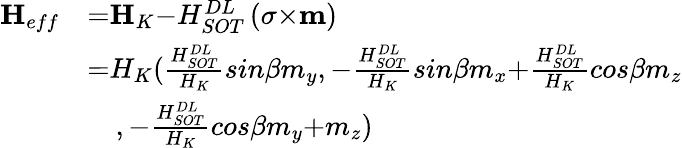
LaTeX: \begin{array}{ll}{{\mathbf{{H}}}_{{eff}}}&{{=}{\mathbf{{H}}}_{{K}}{-}H_{SOT}^{DL}\left(\mathbf{{\sigma}}{\times}{\mathbf{m}}\right)}\\ &{{=}H_{K}(\frac{H_{SOT}^{DL}}{H_{K}}{sin}\beta m_{y}{,-}\frac{H_{SOT}^{DL}}{H_{K}}{sin}\beta m_{x}{+}\frac{H_{SOT}^{DL}}{H_{K}}{cos}\beta m_{z}}\\ &{\quad{,-}\frac{H_{SOT}^{DL}}{H_{K}}{cos}\beta m_{y}{+}m_{z})}\end{array}